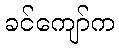
ခင်ကျော်က